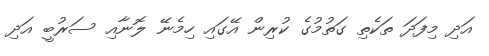
އަދި މިފަދަ ތަކެތި ގަތުމުގެ ކުރިން އޭގައި ހިމެނޭ ލޮނާއި ސަރުބީ އަދި